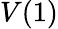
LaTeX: V(1)